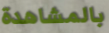
بالمشاهدة